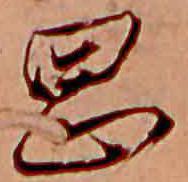
岡